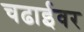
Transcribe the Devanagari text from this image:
चढाईवर